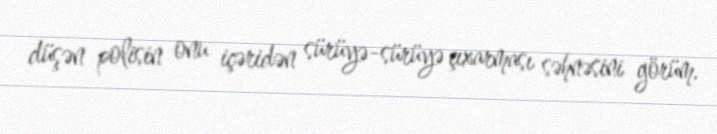
düşən polisin onu içəridən sürüyə-sürüyə çıxarması səhnəsini görüm.